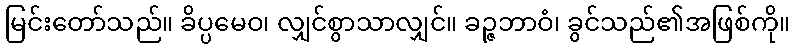
မြင်းတော်သည်။ ခိပ္ပမေဝ၊ လျှင်စွာသာလျှင်။ ခဉ္ဇဘာဝံ၊ ခွင်သည်၏အဖြစ်ကို။